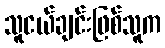
သူငယ်ချင်းဖြစ်သူက